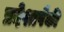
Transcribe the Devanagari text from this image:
प्रदेशापैकी